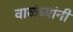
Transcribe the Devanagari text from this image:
वाळंब्यांनी